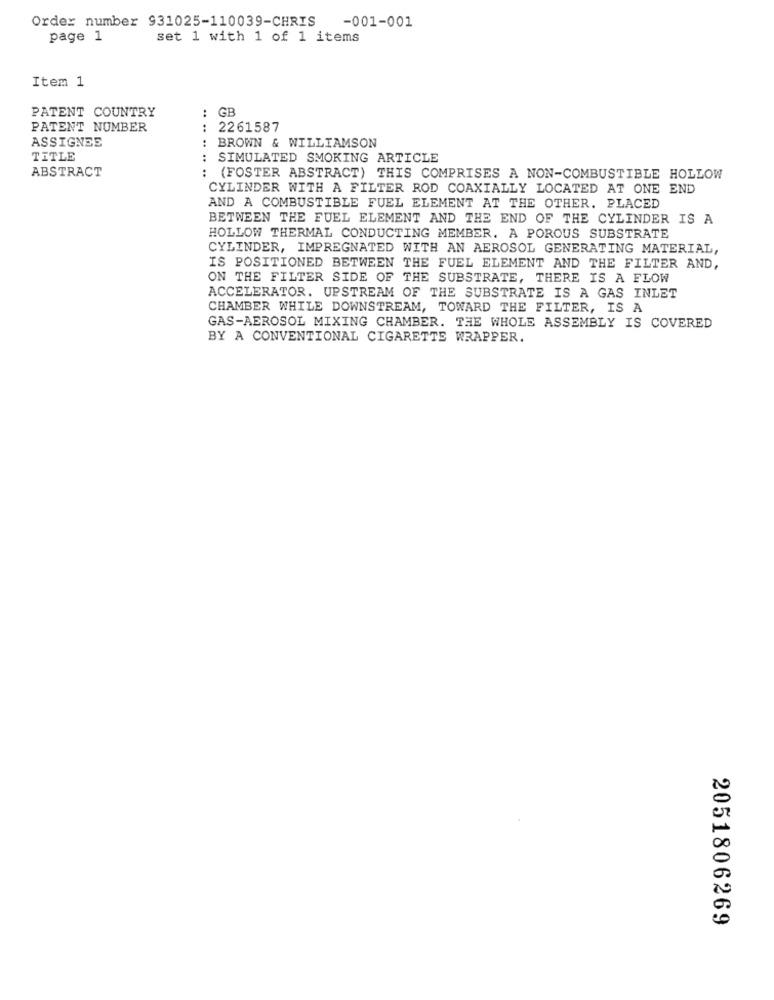
Order number 931025-110039-CHRIS
-001-001
page 1
set 1 with 1 of 1 items
Item 1
: GB
PATENT COUNTRY
..
PATENT NUMBER
: 2261587
ASSIGNEE
BROWN & WILLIAMSON
TITLE
:
SIMULATED SMOKING ARTICLE
ABSTRACT
(FOSTER ABSTRACT) THIS COMPRISES A NON-COMBUSTIBLE HOLLOW
CYLINDER WITH A FILTER ROD COAXIALLY LOCATED AT ONE END
AND A COMBUSTIBLE FUEL ELEMENT AT THE OTHER. PLACED
BETWEEN THE FUEL ELEMENT AND THE END OF THE CYLINDER IS A
HOLLOW THERMAL CONDUCTING MEMBER. A POROUS SUBSTRATE
CYLINDER, IMPREGNATED WITH AN AEROSOL GENERATING MATERIAL,
IS POSITIONED BETWEEN THE FUEL ELEMENT AND THE FILTER AND,
ON THE FILTER SIDE OF THE SUBSTRATE, THERE IS A FLOW
ACCELERATOR. UPSTREAM OF THE SUBSTRATE IS A GAS INLET
CHAMBER WHILE DOWNSTREAM, TOWARD THE FILTER, IS A
GAS-AEROSOL MIXING CHAMBER. THE WHOLE ASSEMBLY IS COVERED
BY A CONVENTIONAL CIGARETTE WRAPPER.
2051806269